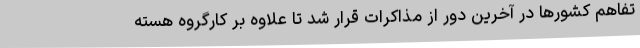
تفاهم کشورها در آخرین دور از مذاکرات قرار شد تا علاوه بر کارگروه هسته